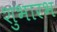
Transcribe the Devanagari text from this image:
शुभारभ